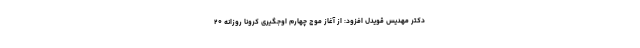
دکتر مهدیس قویدل افزود: از آغاز موج چهارم اوجگیری کرونا روزانه ۲۰